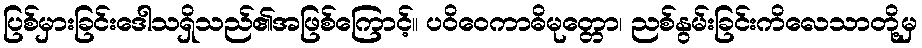
ပြစ်မှားခြင်းဒေါသရှိသည်၏အဖြစ်ကြောင့်။ ပဝိဝေကာဓိမုတ္တော၊ ညစ်နွမ်းခြင်းကိလေသာတို့မှ